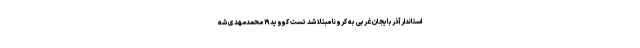
استاندار آذربایجان غربی به کرونا مبتلا شد تست کووید۱۹ محمدمهدی شه